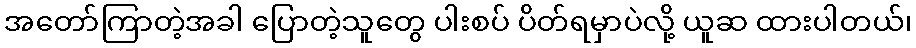
အတော်ကြာတဲ့အခါ ပြောတဲ့သူတွေ ပါးစပ် ပိတ်ရမှာပဲလို့ ယူဆ ထားပါတယ်၊